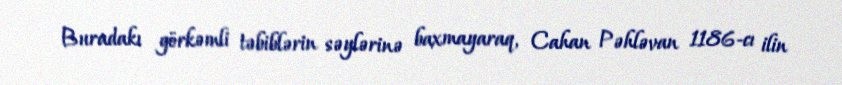
Buradakı görkəmli təbiblərin səylərinə baxmayaraq, Cahan Pəhləvan 1186-cı ilin